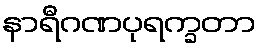
နာရီဂဏပုရက္ခတာ